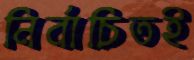
নির্বাচিতই